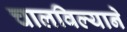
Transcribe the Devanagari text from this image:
चालविल्याने